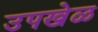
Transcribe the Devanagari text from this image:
उपखेळ